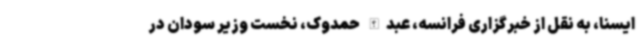
ایسنا، به نقل از خبرگزاری فرانسه، عبدالله حمدوک، نخست وزیر سودان در